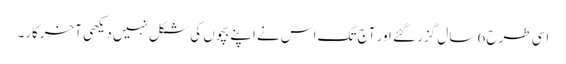
اسی طرح 6 سال گزر گئے اور آج تک اس نے اپنے بچوں کی شکل نہیں دیکھی آخرکار۔